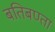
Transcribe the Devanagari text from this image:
बतिबण्ता